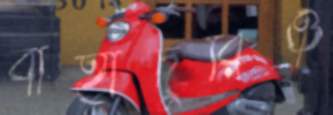
বাহাদুরিও